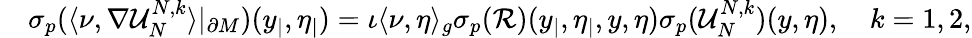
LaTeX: \begin{array}{rl}&{{\sigma_{p}}(\langle\nu,\nabla\mathcal{U}_{N}^{N,k}\rangle|_{\partial M})(y_{|},\eta_{|})=\iota\langle\nu,\eta\rangle_{g}{\sigma_{p}}(\mathcal{R})(y_{|},\eta_{|},y,\eta){\sigma_{p}}(\mathcal{U}_{N}^{N,k})(y,\eta),\quad k=1,2,}\end{array}